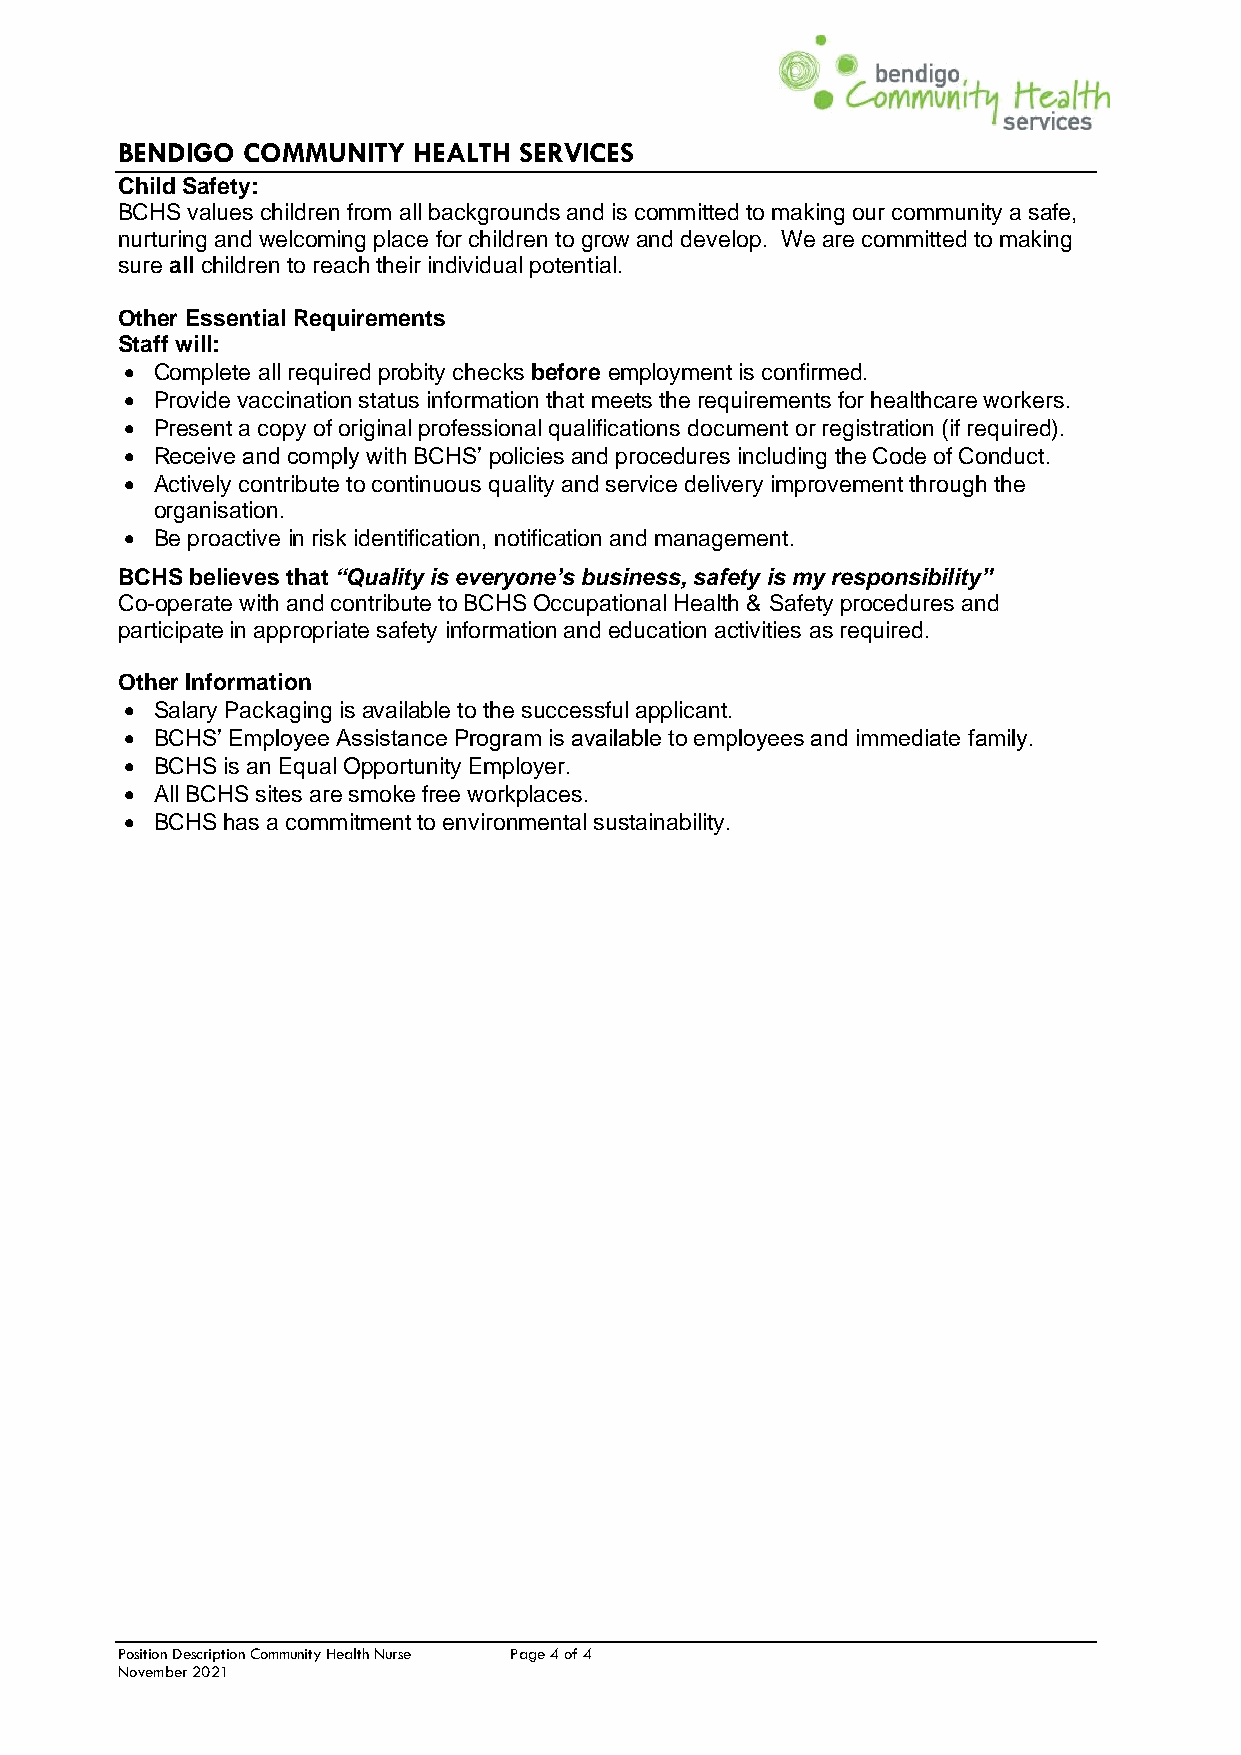
BENDIGO COMMUNITY  HEALTH SERVICES
 Child Safety:
 BCHS values children from all backgrounds and is committed to making our community a safe,
 nurturing and welcoming place for children to grow and develop. We are committed to making
 sure all children to reach their individual potential.
 Other Essential Requirements
 Staff will:
 • Complete all required probity checks before employment is confirmed.
 • Provide vaccination status information that meets the requirements for healthcare workers.
 • Present a copy of original professional qualifications document or registration (if required).
 • Receive and comply with BCHS’ policies and procedures including the Code of Conduct.
 • Actively contribute to continuous quality and service delivery improvement through the
 organisation.
 • Be proactive in risk identification, notification and management.
 BCHS believes that “Quality is everyone’s business, safety is my responsibility”
 Co-operate with and contribute to BCHS Occupational Health & Safety procedures and
 participate in appropriate safety information and education activities as required.
 Other Information
 • Salary Packaging is available to the successful applicant.
 • BCHS’ Employee Assistance Program is available to employees and immediate family.
 • BCHS is an Equal Opportunity Employer.
 • All BCHS sites are smoke free workplaces.
 • BCHS has a commitment to environmental sustainability.
 Position Description Community Health Nurse Page 4 of 4
 November 2021